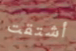
أشتقت